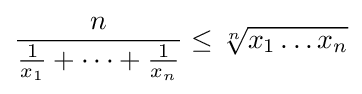
{\frac {n}{{\frac {1}{x_{1}}}+\dots +{\frac {1}{x_{n}}}}}\leq {\sqrt[{n}]{x_{1}\dots x_{n}}}